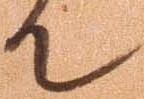
て